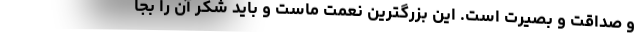
و صداقت و بصیرت است. این بزرگترین نعمت ماست و باید شکر آن را بجا